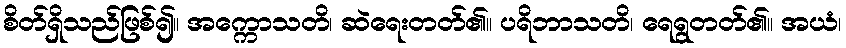
စိတ်ရှိသည်ဖြစ်၍။ အက္ကောသတိ၊ ဆဲရေးတတ်၏။ ပရိဘာသတိ၊ ရေရွတတ်၏။ အယံ၊